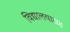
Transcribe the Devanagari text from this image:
विद्यालयासह